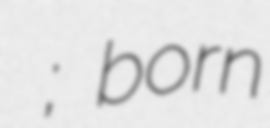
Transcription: Ђорђе Ђукић; born